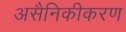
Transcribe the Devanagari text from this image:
असैनिकीकरण